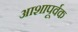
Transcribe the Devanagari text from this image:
आशापूर्वक